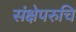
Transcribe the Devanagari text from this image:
संक्षेपरुचि